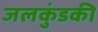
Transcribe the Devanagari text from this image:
जलकुंडकी